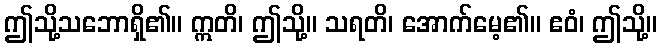
ဤသို့သဘောရှိ၏။ ဣတိ၊ ဤသို့။ သရတိ၊ အောက်မေ့၏။ ဧဝံ၊ ဤသို့။